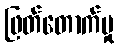
ဖြတ်တောက်မှု